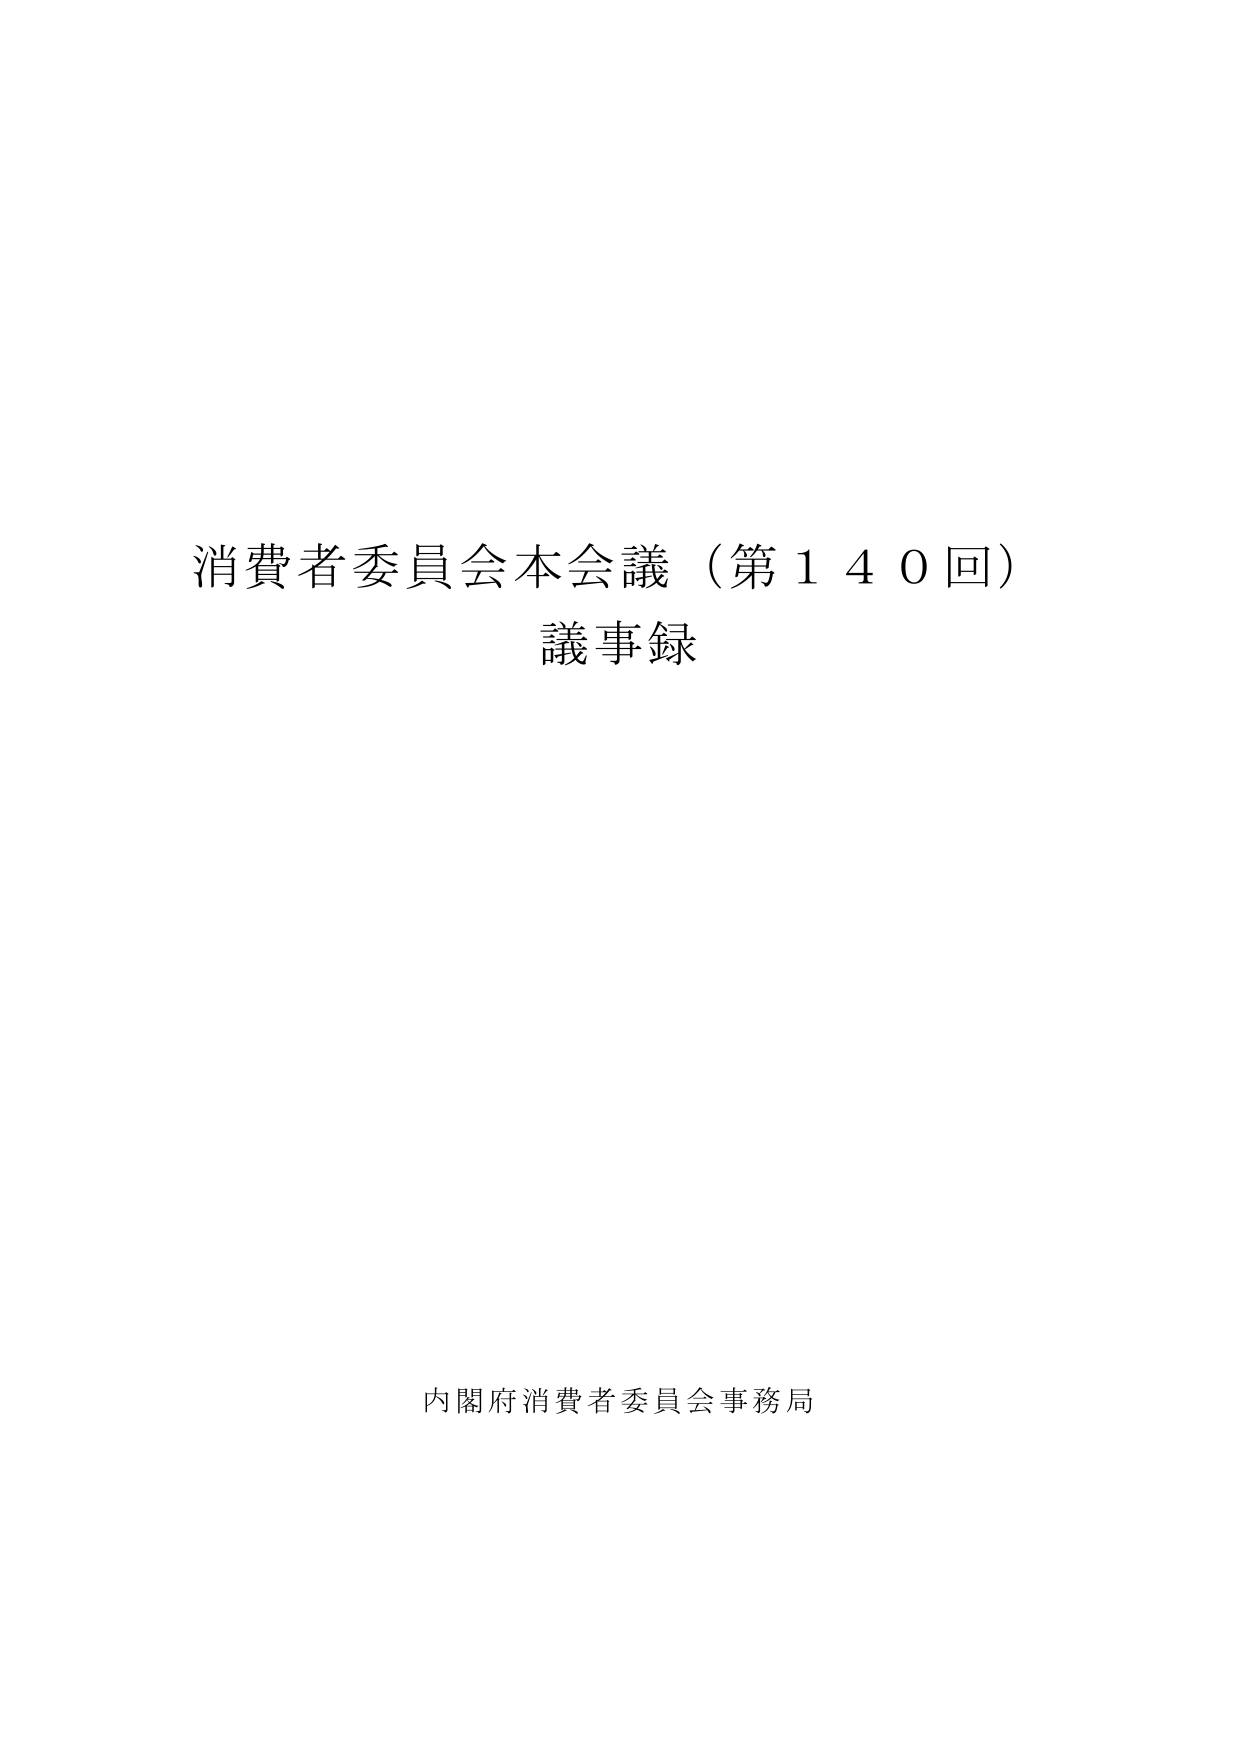
消費者委員会本会議（第140回）
議事録

内閣府消費者委員会事務局